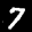
Label: 7